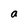
Character: a